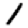
Digit: 1